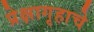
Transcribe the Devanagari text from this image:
प्रेक्षागृहाचे